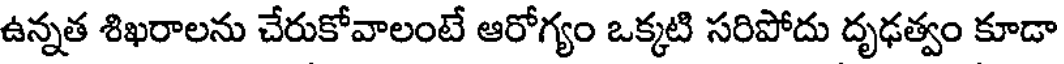
ఉన్నత శిఖరాలను చేరుకోవాలంటే ఆరోగ్యం ఒక్కటి సరిపోదు దృఢత్వం కూడా